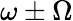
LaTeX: \omega\pm\Omega